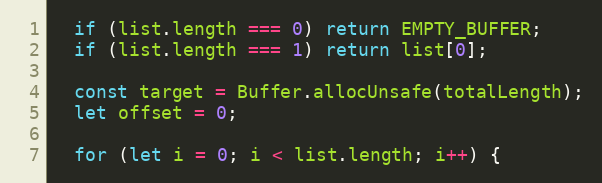
Language: JavaScript
  if (list.length === 0) return EMPTY_BUFFER;
  if (list.length === 1) return list[0];

  const target = Buffer.allocUnsafe(totalLength);
  let offset = 0;

  for (let i = 0; i < list.length; i++) {